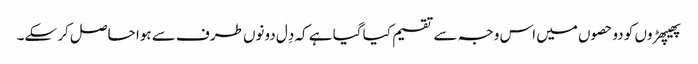
پھیپھڑوں کو دو حصوں میں اس وجہ سے تقسیم کیا گیا ہے کہ دِل دونوں طرف سے ہوا حاصل کر سکے۔